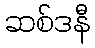
ဆစ်ဒနီ